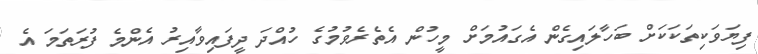
ފިޔަވަކިތަކަކަށް ބަހާލައިގެން އެގައުމަށް މީހުން އެތެރެވުމުގެ ހުއްދަ ދީފައިވާއިރު އެންމެ ފުރަތަމަ އެ